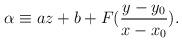
LaTeX: \begin{align*}\alpha \equiv a z + b + F( \frac{y-y_0}{x-x_0} ).\end{align*}